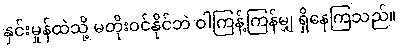
နှင်းမှုန်ထဲသို့ မတိုးဝင်နိုင်ဘဲ ဝါကြန့်ကြန်မျှ ရှိနေကြသည်။